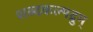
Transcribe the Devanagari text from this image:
शब्दकल्पद्रुम्